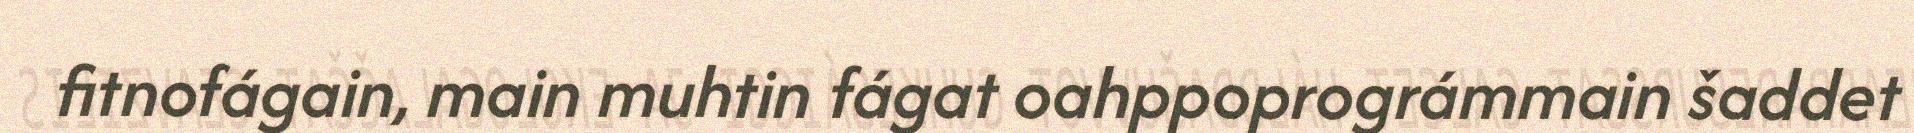
fitnofágain, main muhtin fágat oahppoprográmmain šaddet